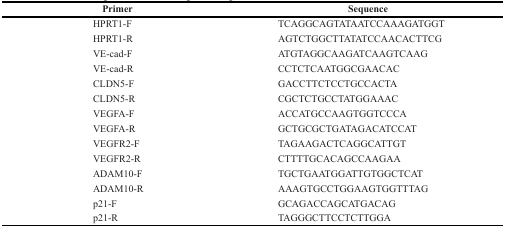
| Primer | Sequence |
 | --- | --- |
 | HPRT1-F | TCAGGCAGTATAATCCAAAGATGGT |
 | HPRT1-R | AGTCTGGCTTATATCCAACACTTCG |
 | VE-cad-F | ATGTAGGCAAGATCAAGTCAAG |
 | VE-cad-R | CCTCTCAATGGCGAACAC |
 | CLDN5-F | GACCTTCTCCTGCCACTA |
 | CLDN5-R | CGCTCTGCCTATGGAAAC |
 | VEGFA-F | ACCATGCCAAGTGGTCCCA |
 | VEGFA-R | GCTGCGCTGATAGACATCCAT |
 | VEGFR2-F | TAGAAGACTCAGGCATTGT |
 | VEGFR2-R | CTTTTGCACAGCCAAGAA |
 | ADAM10-F | TGCTGAATGGATTGTGGCTCAT |
 | ADAM10-R | AAAGTGCCTGGAAGTGGTTTAG |
 | p21-F | GCAGACCAGCATGACAG |
 | p21-R | TAGGGCTTCCTCTTGGA |